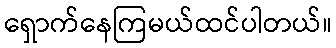
ရှောက်နေကြမယ်ထင်ပါတယ်။